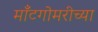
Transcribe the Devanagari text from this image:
मॉँटगोमरीच्या